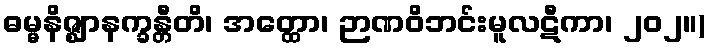
ဓမ္မနိဇ္ဈာနက္ခန္တီတိ၊ အတ္ထော၊ ဉာဏဝိဘင်းမူလဋီကာ၊ ၂၀၂။)